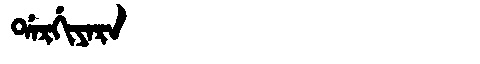
Manchu: ᡩᠠᡵᡤᡳᠶᠠᡵᠠ
Romanization: DARGIYARA